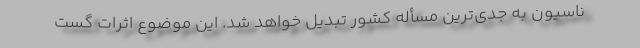
ناسیون به جدی‌ترین مسأله کشور تبدیل خواهد شد. این موضوع اثرات گست